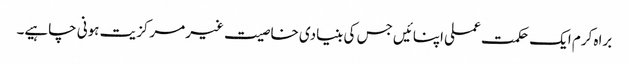
براہ کرم ایک حکمت عملی اپنائیں جس کی بنیادی خاصیت غیر مرکزیت ہونی چاہیے۔